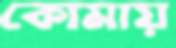
কোমায়